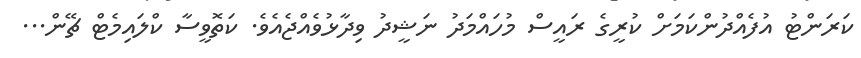
ކަރަންޓު އުފެއްދުންކަމަށް ކުރީގެ ރައީސް މުހައްމަދު ނަޝީދު ވިދާޅުވެއްޖެއެވެ. ކަތޮވީސާ ކްލައިމެޓް ޗޭން...